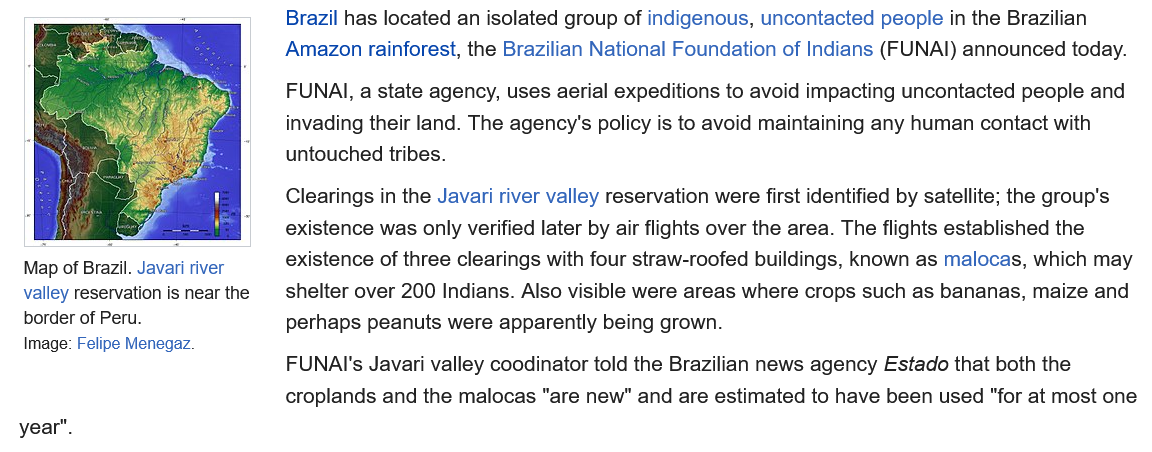
Brazil has located an isolated group of indigenous, uncontacted people in the Brazilian
     Amazon rainforest, the Brazilian National Foundation of Indians (FUNAI) announced today.
     FUNAI,  a state agency, uses aerial expeditions to avoid impacting uncontacted people and
     invading their land. The agency's policy is to avoid maintaining any human contact with
     untouched tribes.
     Clearings in the Javari river valley reservation were first identified by satellite; the group's
     existence was only verified later by air flights over the area. The flights established the
     existence of three clearings with four straw-roofed buildings, known as malocas, which may
     shelter over 200 Indians. Also visible were areas where crops such as bananas, maize and
     perhaps  peanuts were apparently being grown.
     FUNAI's  Javari valley coodinator told the Brazilian news agency Estado that both the
     croplands and the malocas "are new" and are estimated to have been used "for at most one
   Map of Brazil. Javari river
   valley reservation is near the
   border of Peru.
   Image: Felipe Menegaz.
  year".